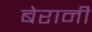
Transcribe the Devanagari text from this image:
बेरानी